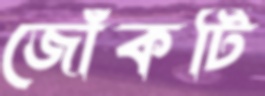
জোঁকটি